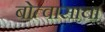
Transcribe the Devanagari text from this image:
बोत्वासाचा